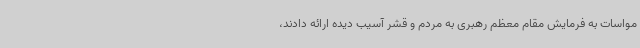
مواسات به فرمایش مقام معظم رهبری به مردم و قشر آسیب دیده ارائه دادند،